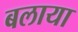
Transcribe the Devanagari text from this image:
बलाया